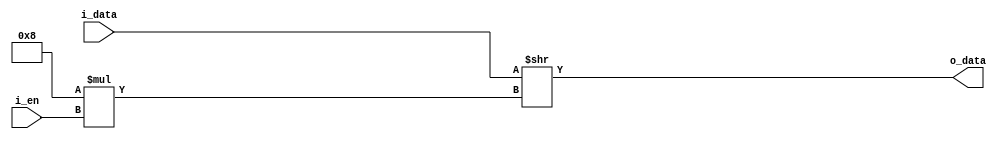
`timescale 1ns / 1ps
//////////////////////////////////////////////////////////////////////////////////
// Company: 
// Engineer: 
// 
// Design Name: 
// Module Name: mux
// Project Name: 
// Target Devices: 
// Tool Versions: 
// Description: 
// 
// Dependencies: 
// 
// Revision:
// Revision 0.01 - File Created
// Additional Comments:
// 
//////////////////////////////////////////////////////////////////////////////////


module mux#(
        parameter BITS_ENABLES = 2,
        parameter BUS_SIZE = 8
    )(
        input   [BITS_ENABLES - 1 : 0] i_en,
        input   [2**BITS_ENABLES*BUS_SIZE - 1 : 0] i_data,
        output  [BUS_SIZE - 1 : 0] o_data 
    );
        
    //assign o_data = i_data[(BUS_SIZE-1)+BUS_SIZE*i_en-:BUS_SIZE];      
    assign o_data = i_data>>BUS_SIZE*i_en;      


endmodule